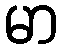
မာ